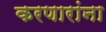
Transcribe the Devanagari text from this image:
करणारांना